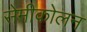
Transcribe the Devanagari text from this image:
सेमीकोलन